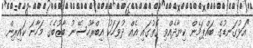
"އަޅުގަނޑުގެ ބައްޕަމެން ކިޔާދެއްވި ގޮތުގައި އެއް ދުވަހަކު އިބްރާހުސޭނު ބާޒުބެގެ މަހާނަ ކައިރިން